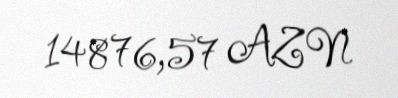
14876,57 AZN